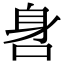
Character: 𨈖